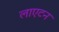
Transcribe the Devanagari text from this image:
लाएटन